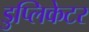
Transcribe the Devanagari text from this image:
डुप्लिकेटर